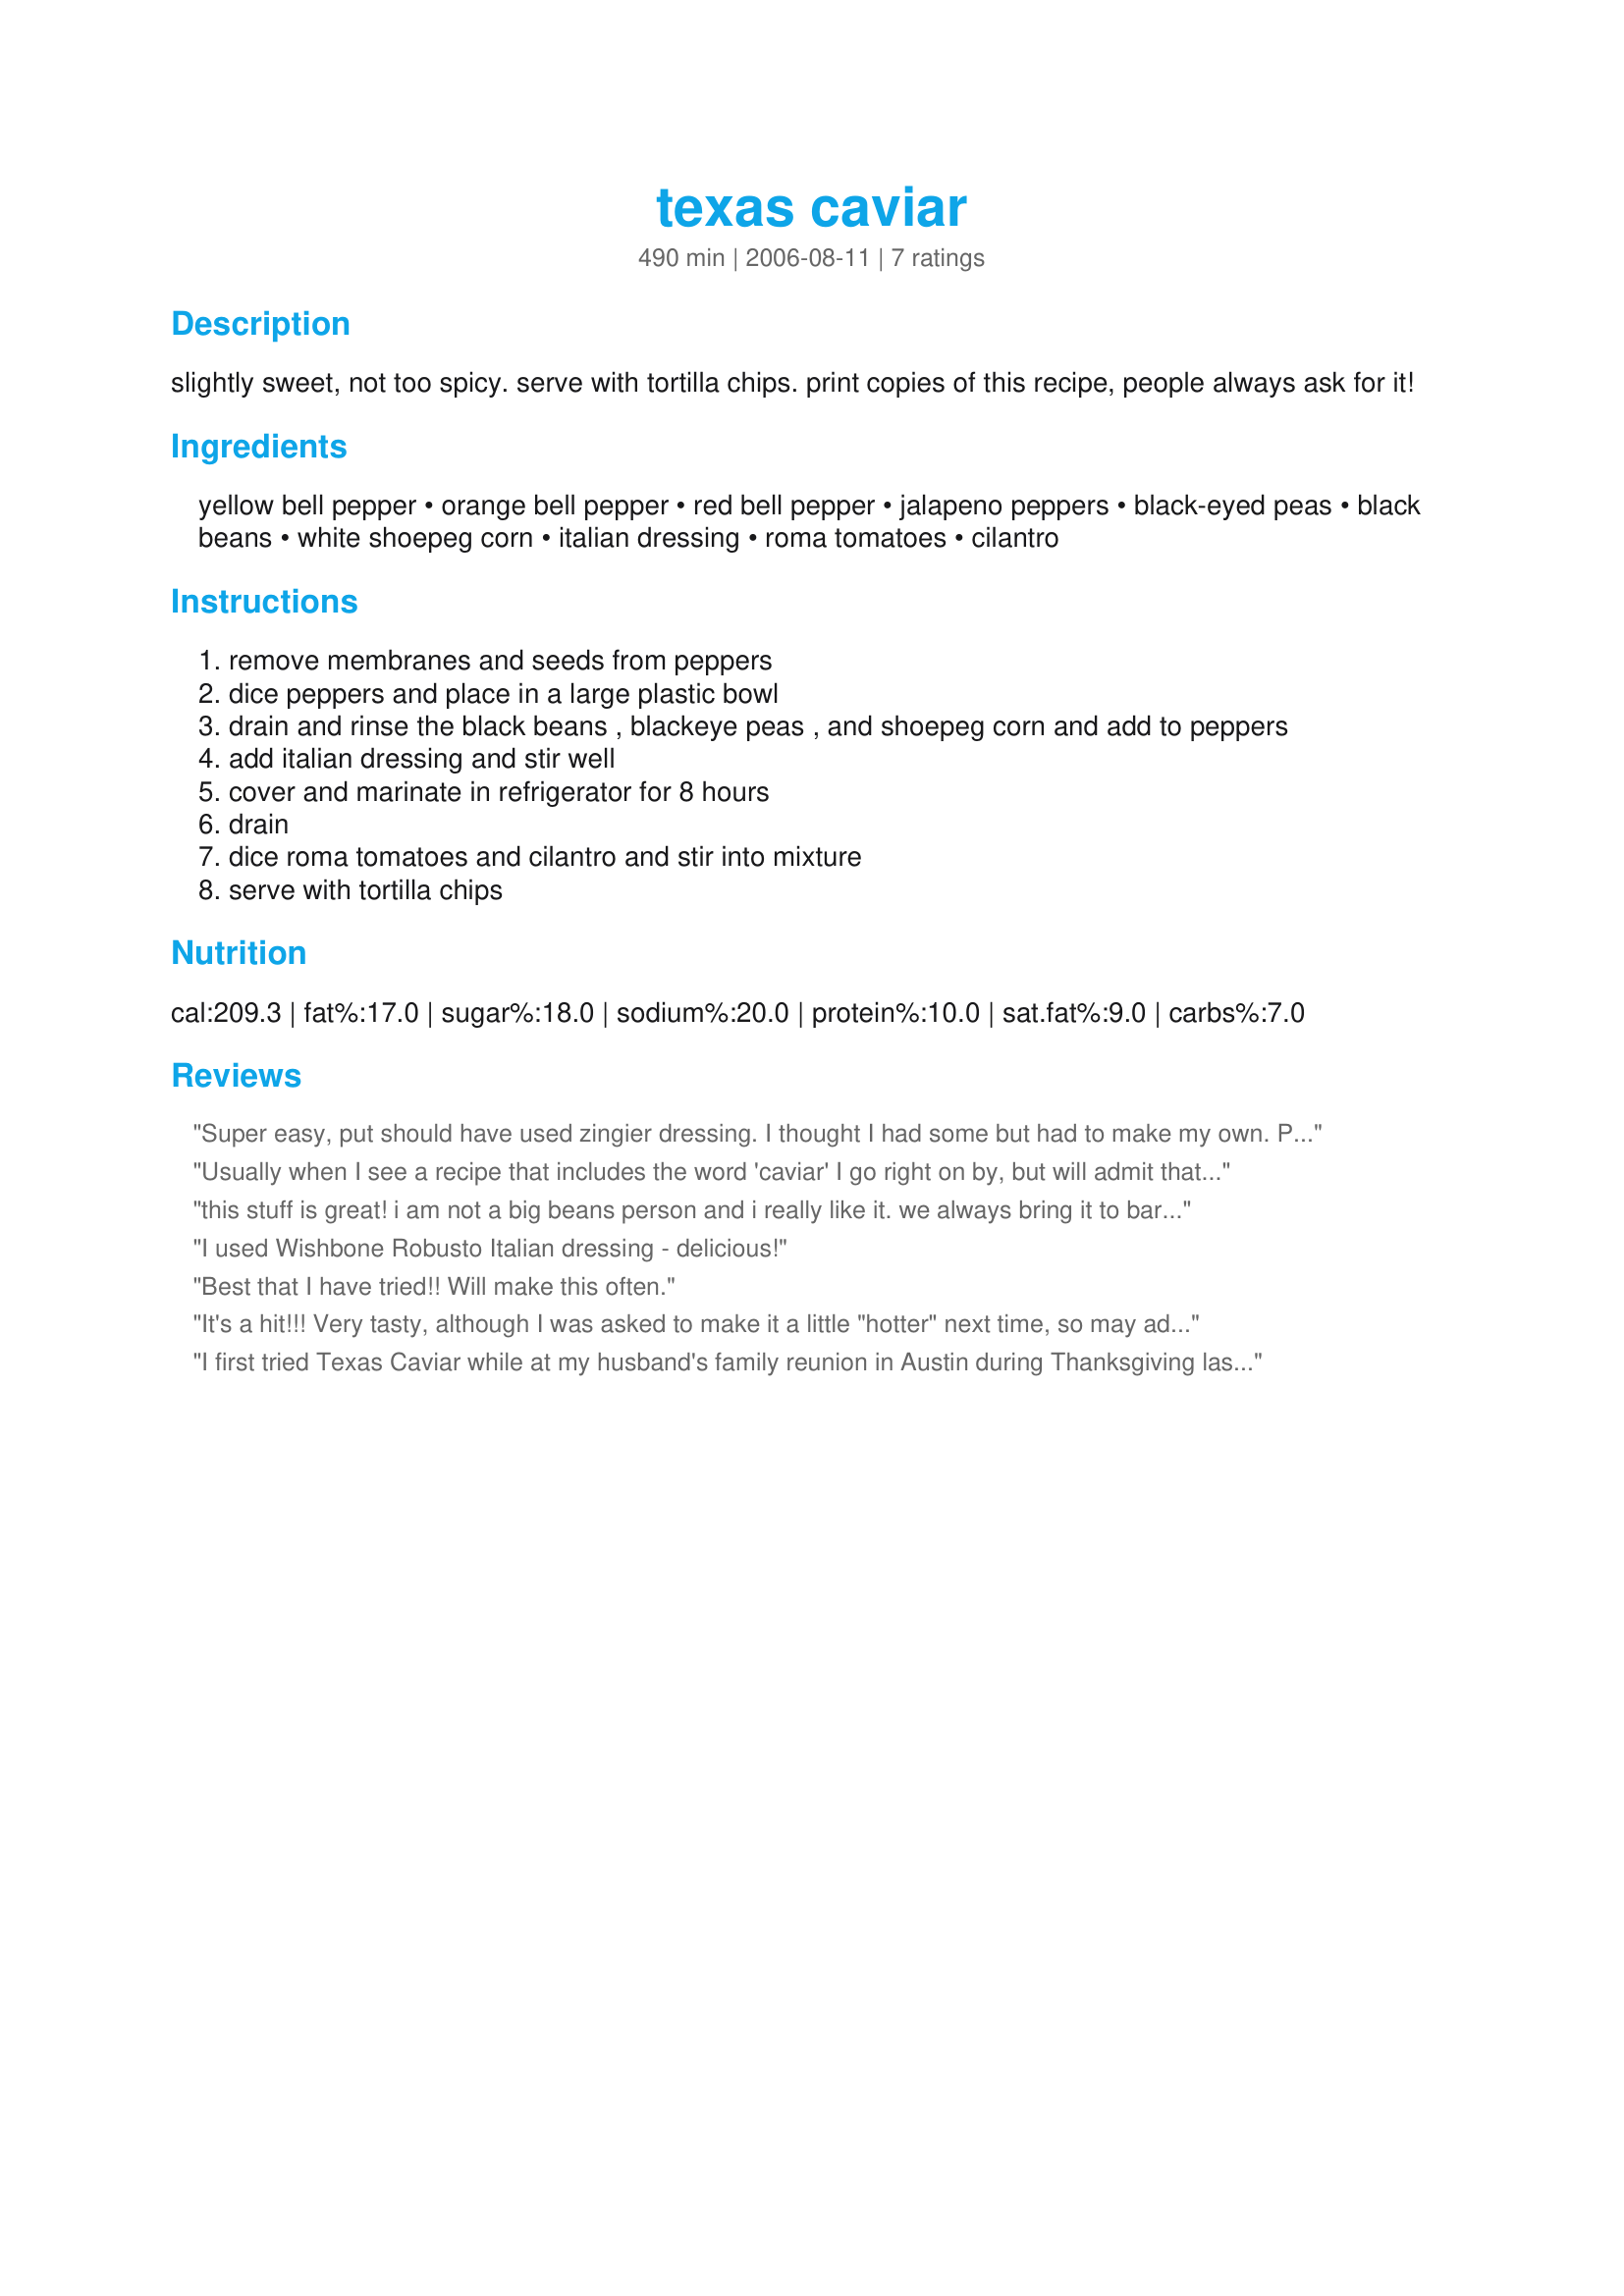
texas caviar
Preparation time: 490 minutes

slightly sweet, not too spicy. serve with tortilla chips. print copies of this recipe, people always ask for it!

Ingredients:
yellow bell pepper, orange bell pepper, red bell pepper, jalapeno peppers, black-eyed peas, black beans, white shoepeg corn, italian dressing, roma tomatoes, cilantro

Steps:
remove membranes and seeds from peppers
dice peppers and place in a large plastic bowl
drain and rinse the black beans , blackeye peas , and shoepeg corn and add to peppers
add italian dressing and stir well
cover and marinate in refrigerator for 8 hours
drain
dice roma tomatoes and cilantro and stir into mixture
serve with tortilla chips

Reviews:
Super easy, put should have used zingier dressing. I thought I had some but had to make my own. Put everything together, didn't wait on tomatoes and cilantro.
Usually when I see a recipe that includes the word 'caviar' I go right on by, but will admit that 'Texas' does grab at me, so . . . Glad I didn't pass on this one, 'cause THIS STUFF IS GREAT! Most definitely A WINNER, & I'll be including it with my other dips on my finger food counter from now on! Thanks for a great recipe! [Tagged, made & reviewed for one of my adoptees in the current Pick-A-Chef]
this stuff is great! i am not a big beans person and i really like it. we always bring it to barbeques and parties and everyone asks us for the recipe too! we add green onions and a can of white northern beans and we use A LOT less dressing. good stuff
I used Wishbone Robusto Italian dressing - delicious!
Best that I have tried!! Will make this often.
It's a hit!!! Very tasty, although I was asked to make it a little "hotter" next time, so may add a scotch bonnet or habenero pepper along with the jalapenos.
Thanks for posting this!
I first tried Texas Caviar while at my husband's family reunion in Austin during Thanksgiving last year. This recipe duplicated what my sister-in-law made for us perfectly, except she had added red onion. I used a medium shallot and also added some tobasco sauce, cumin, and a little chili powder to spice it up some to meet my family's desire for a spicier flavor. Everyone loved this recipe and couldn't stop eating it. I have had several requests for the recipe from guests who shared this delicious snack with us. I have also served this as a side dish with grilled chicken and as a relish on cheese quesadillas. I will make this recipe over and over again. Thanks for posting this terrific recipe!
